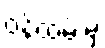
ဝန်ထမ်းမှ